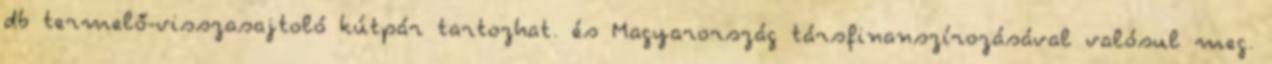
db termelő-visszasajtoló kútpár tartozhat. és Magyarország társfinanszírozásával valósul meg.